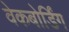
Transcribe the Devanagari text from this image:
वेकबोर्डिंग